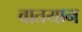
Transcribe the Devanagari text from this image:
वातयान